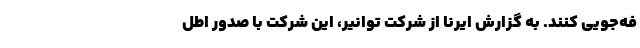
فه‌جویی کنند. به گزارش ایرنا از شرکت توانیر، این شرکت با صدور اطل